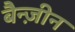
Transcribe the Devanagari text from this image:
बैन्ज़ीन